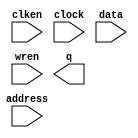
// megafunction wizard: %RAM: 1-PORT%VBB%
// GENERATION: STANDARD
// VERSION: WM1.0
// MODULE: altsyncram 

// ============================================================
// Megafunction Name(s):
// 			altsyncram
//
// Simulation Library Files(s):
// 			altera_mf
// ============================================================
// ************************************************************
// THIS IS A WIZARD-GENERATED FILE. DO NOT EDIT THIS FILE!
//
// 22.1std.0 Build 915 10/25/2022 SC Lite Edition
// ************************************************************

//Copyright (C) 2022  Intel Corporation. All rights reserved.
//Your use of Intel Corporation's design tools, logic functions 
//and other software and tools, and any partner logic 
//functions, and any output files from any of the foregoing 
//(including device programming or simulation files), and any 
//associated documentation or information are expressly subject 
//to the terms and conditions of the Intel Program License 
//Subscription Agreement, the Intel Quartus Prime License Agreement,
//the Intel FPGA IP License Agreement, or other applicable license
//agreement, including, without limitation, that your use is for
//the sole purpose of programming logic devices manufactured by
//Intel and sold by Intel or its authorized distributors.  Please
//refer to the applicable agreement for further details, at
//https://fpgasoftware.intel.com/eula.

module blk_mem_gen_1 (
	address,
	clken,
	clock,
	data,
	wren,
	q);

	input	[12:0]  address;
	input	  clken;
	input	  clock;
	input	[15:0]  data;
	input	  wren;
	output	[15:0]  q;
`ifndef ALTERA_RESERVED_QIS
// synopsys translate_off
`endif
	tri1	  clken;
	tri1	  clock;
`ifndef ALTERA_RESERVED_QIS
// synopsys translate_on
`endif

endmodule

// ============================================================
// CNX file retrieval info
// ============================================================
// Retrieval info: PRIVATE: ADDRESSSTALL_A NUMERIC "0"
// Retrieval info: PRIVATE: AclrAddr NUMERIC "0"
// Retrieval info: PRIVATE: AclrByte NUMERIC "0"
// Retrieval info: PRIVATE: AclrData NUMERIC "0"
// Retrieval info: PRIVATE: AclrOutput NUMERIC "0"
// Retrieval info: PRIVATE: BYTE_ENABLE NUMERIC "0"
// Retrieval info: PRIVATE: BYTE_SIZE NUMERIC "8"
// Retrieval info: PRIVATE: BlankMemory NUMERIC "1"
// Retrieval info: PRIVATE: CLOCK_ENABLE_INPUT_A NUMERIC "1"
// Retrieval info: PRIVATE: CLOCK_ENABLE_OUTPUT_A NUMERIC "1"
// Retrieval info: PRIVATE: Clken NUMERIC "1"
// Retrieval info: PRIVATE: DataBusSeparated NUMERIC "1"
// Retrieval info: PRIVATE: IMPLEMENT_IN_LES NUMERIC "0"
// Retrieval info: PRIVATE: INIT_FILE_LAYOUT STRING "PORT_A"
// Retrieval info: PRIVATE: INIT_TO_SIM_X NUMERIC "0"
// Retrieval info: PRIVATE: INTENDED_DEVICE_FAMILY STRING "MAX 10"
// Retrieval info: PRIVATE: JTAG_ENABLED NUMERIC "0"
// Retrieval info: PRIVATE: JTAG_ID STRING "NONE"
// Retrieval info: PRIVATE: MAXIMUM_DEPTH NUMERIC "0"
// Retrieval info: PRIVATE: MIFfilename STRING ""
// Retrieval info: PRIVATE: NUMWORDS_A NUMERIC "8192"
// Retrieval info: PRIVATE: RAM_BLOCK_TYPE NUMERIC "0"
// Retrieval info: PRIVATE: READ_DURING_WRITE_MODE_PORT_A NUMERIC "2"
// Retrieval info: PRIVATE: RegAddr NUMERIC "1"
// Retrieval info: PRIVATE: RegData NUMERIC "1"
// Retrieval info: PRIVATE: RegOutput NUMERIC "0"
// Retrieval info: PRIVATE: SYNTH_WRAPPER_GEN_POSTFIX STRING "0"
// Retrieval info: PRIVATE: SingleClock NUMERIC "1"
// Retrieval info: PRIVATE: UseDQRAM NUMERIC "1"
// Retrieval info: PRIVATE: WRCONTROL_ACLR_A NUMERIC "0"
// Retrieval info: PRIVATE: WidthAddr NUMERIC "13"
// Retrieval info: PRIVATE: WidthData NUMERIC "16"
// Retrieval info: PRIVATE: rden NUMERIC "0"
// Retrieval info: LIBRARY: altera_mf altera_mf.altera_mf_components.all
// Retrieval info: CONSTANT: CLOCK_ENABLE_INPUT_A STRING "NORMAL"
// Retrieval info: CONSTANT: CLOCK_ENABLE_OUTPUT_A STRING "BYPASS"
// Retrieval info: CONSTANT: INTENDED_DEVICE_FAMILY STRING "MAX 10"
// Retrieval info: CONSTANT: LPM_HINT STRING "ENABLE_RUNTIME_MOD=NO"
// Retrieval info: CONSTANT: LPM_TYPE STRING "altsyncram"
// Retrieval info: CONSTANT: NUMWORDS_A NUMERIC "8192"
// Retrieval info: CONSTANT: OPERATION_MODE STRING "SINGLE_PORT"
// Retrieval info: CONSTANT: OUTDATA_ACLR_A STRING "NONE"
// Retrieval info: CONSTANT: OUTDATA_REG_A STRING "UNREGISTERED"
// Retrieval info: CONSTANT: POWER_UP_UNINITIALIZED STRING "FALSE"
// Retrieval info: CONSTANT: READ_DURING_WRITE_MODE_PORT_A STRING "DONT_CARE"
// Retrieval info: CONSTANT: WIDTHAD_A NUMERIC "13"
// Retrieval info: CONSTANT: WIDTH_A NUMERIC "16"
// Retrieval info: CONSTANT: WIDTH_BYTEENA_A NUMERIC "1"
// Retrieval info: USED_PORT: address 0 0 13 0 INPUT NODEFVAL "address[12..0]"
// Retrieval info: USED_PORT: clken 0 0 0 0 INPUT VCC "clken"
// Retrieval info: USED_PORT: clock 0 0 0 0 INPUT VCC "clock"
// Retrieval info: USED_PORT: data 0 0 16 0 INPUT NODEFVAL "data[15..0]"
// Retrieval info: USED_PORT: q 0 0 16 0 OUTPUT NODEFVAL "q[15..0]"
// Retrieval info: USED_PORT: wren 0 0 0 0 INPUT NODEFVAL "wren"
// Retrieval info: CONNECT: @address_a 0 0 13 0 address 0 0 13 0
// Retrieval info: CONNECT: @clock0 0 0 0 0 clock 0 0 0 0
// Retrieval info: CONNECT: @clocken0 0 0 0 0 clken 0 0 0 0
// Retrieval info: CONNECT: @data_a 0 0 16 0 data 0 0 16 0
// Retrieval info: CONNECT: @wren_a 0 0 0 0 wren 0 0 0 0
// Retrieval info: CONNECT: q 0 0 16 0 @q_a 0 0 16 0
// Retrieval info: GEN_FILE: TYPE_NORMAL blk_mem_gen_1.v TRUE
// Retrieval info: GEN_FILE: TYPE_NORMAL blk_mem_gen_1.inc TRUE
// Retrieval info: GEN_FILE: TYPE_NORMAL blk_mem_gen_1.cmp TRUE
// Retrieval info: GEN_FILE: TYPE_NORMAL blk_mem_gen_1.bsf TRUE
// Retrieval info: GEN_FILE: TYPE_NORMAL blk_mem_gen_1_inst.v TRUE
// Retrieval info: GEN_FILE: TYPE_NORMAL blk_mem_gen_1_bb.v TRUE
// Retrieval info: LIB_FILE: altera_mf